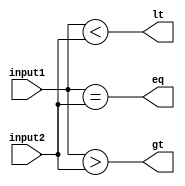
module comparator (
    input [3:0] input1,
    input [3:0] input2,
    output eq,
    output gt,
    output lt
);

assign eq = (input1 == input2);
assign gt = (input1 > input2);
assign lt = (input1 < input2);

endmodule